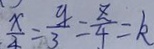
\frac { x } { 4 } = \frac { y } { 3 } = \frac { z } { 4 } = k